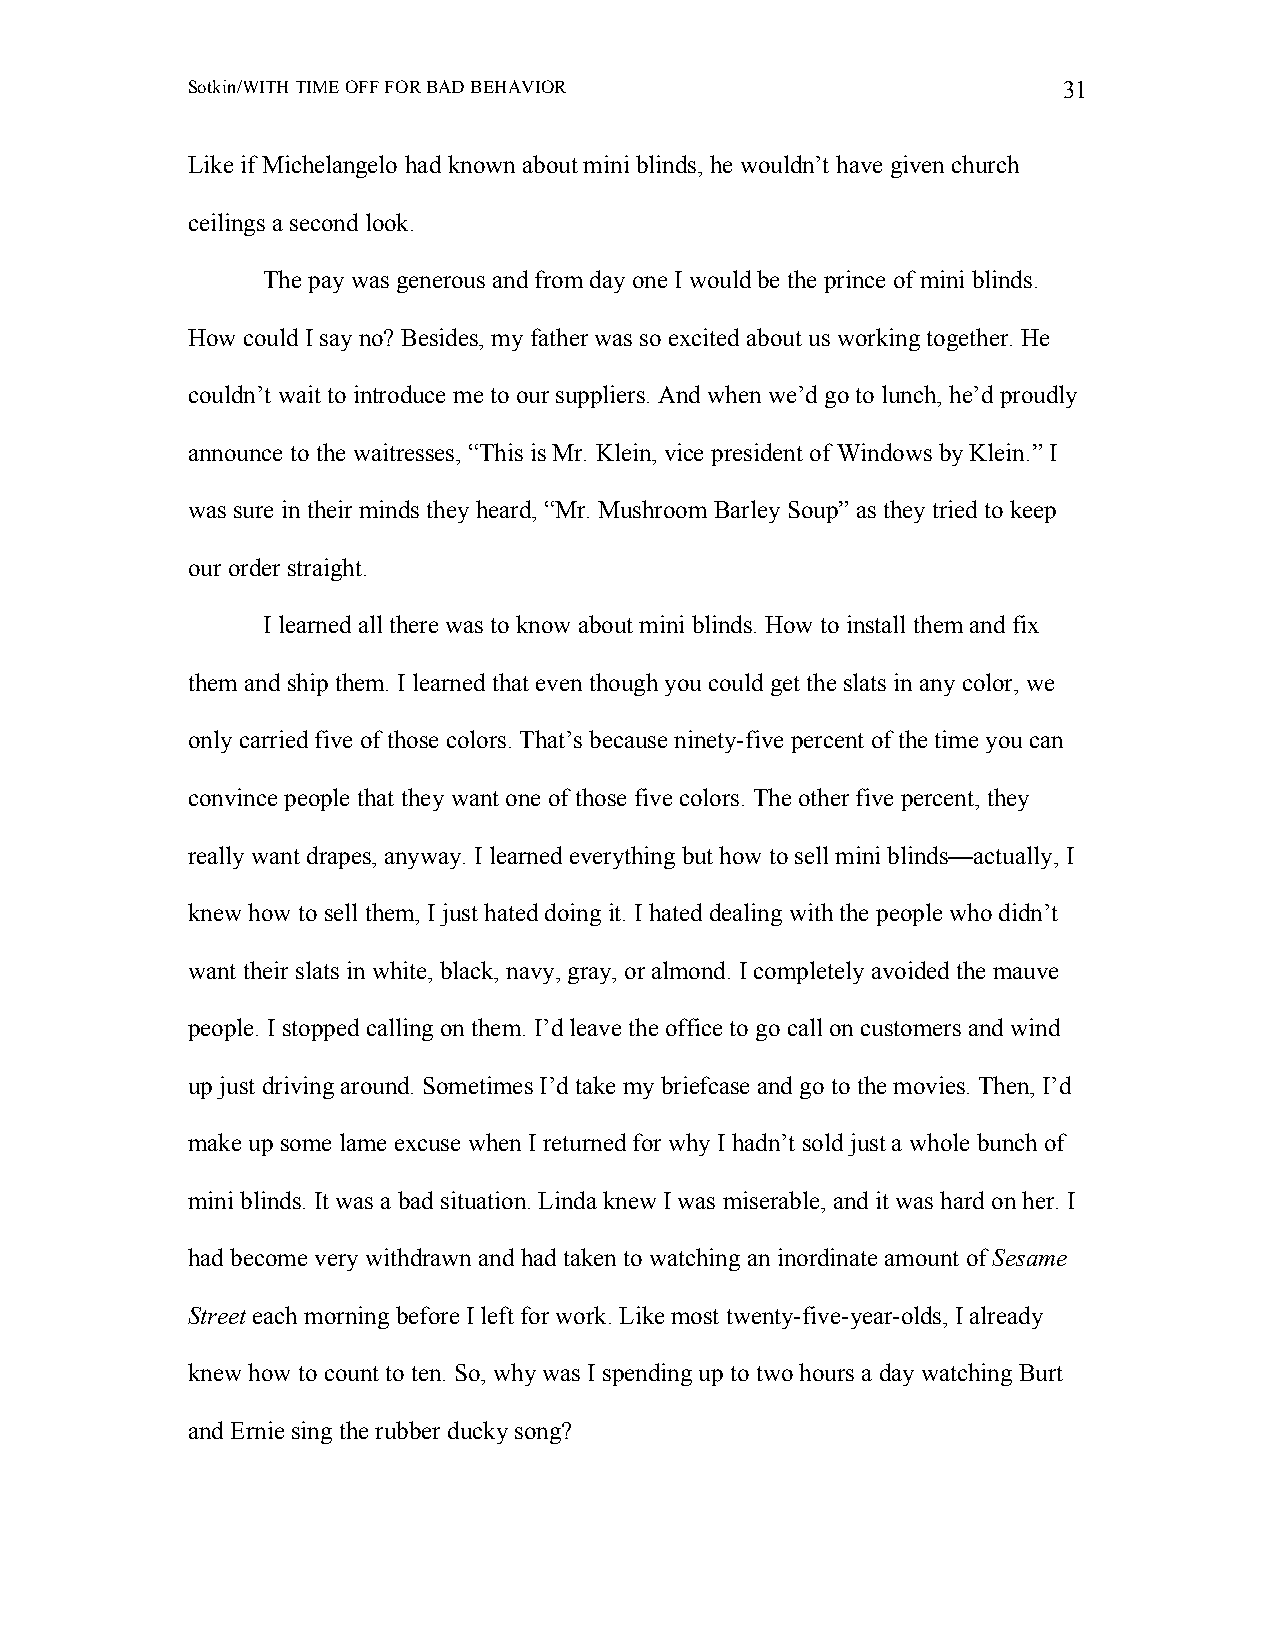
Sotkin/WITH TIME OFF FOR BAD BEHAVIOR                     31
 Like if Michelangelo had known about mini blinds, he wouldn’t have given church
 ceilings a second look.
 The pay was generous and from day one I would be the prince of mini blinds.
 How could I say no? Besides, my father was so excited about us working together. He
 couldn’t wait to introduce me to our suppliers. And when we’d go to lunch, he’d proudly
 announce to the waitresses, “This is Mr. Klein, vice president of Windows by Klein.” I
 was sure in their minds they heard, “Mr. Mushroom Barley Soup” as they tried to keep
 our order straight.
 I learned all there was to know about mini blinds. How to install them and fix
 them and ship them. I learned that even though you could get the slats in any color, we
 only carried five of those colors. That’s because ninety-five percent of the time you can
 convince people that they want one of those five colors. The other five percent, they
 really want drapes, anyway. I learned everything but how to sell mini blinds—actually, I
 knew how to sell them, I just hated doing it. I hated dealing with the people who didn’t
 want their slats in white, black, navy, gray, or almond. I completely avoided the mauve
 people. I stopped calling on them. I’d leave the office to go call on customers and wind
 up just driving around. Sometimes I’d take my briefcase and go to the movies. Then, I’d
 make up some lame excuse when I returned for why I hadn’t sold just a whole bunch of
 mini blinds. It was a bad situation. Linda knew I was miserable, and it was hard on her. I
 had become very withdrawn and had taken to watching an inordinate amount of Sesame
 Street each morning before I left for work. Like most twenty-five-year-olds, I already
 knew how to count to ten. So, why was I spending up to two hours a day watching Burt
 and Ernie sing the rubber ducky song?